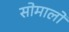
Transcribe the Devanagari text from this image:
सोमालो